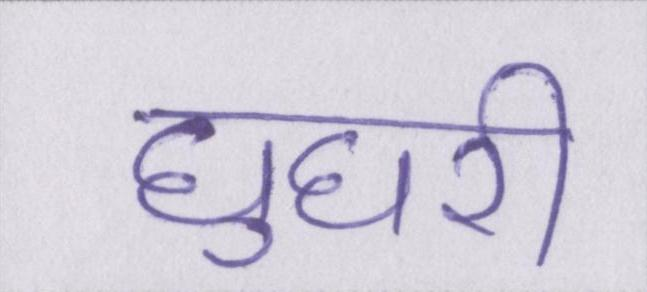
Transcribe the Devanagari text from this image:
घुघरी